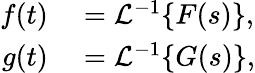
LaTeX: \begin{array}{rl}{f(t)}&{{}={\mathcal{L}}^{-1}\{ F(s)\} ,}\\ {g(t)}&{{}={\mathcal{L}}^{-1}\{ G(s)\} ,}\end{array}